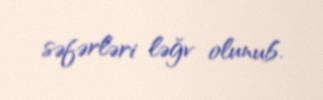
səfərləri ləğv olunub.